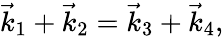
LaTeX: \vec{k}_{1}+\vec{k}_{2}=\vec{k}_{3}+\vec{k}_{4},